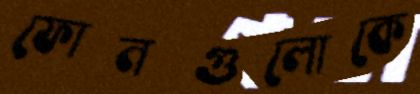
ফোনগুলোকে